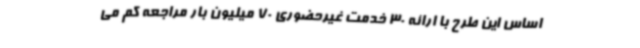
اساس این طرح با ارائه 30 خدمت غیرحضوری 70 میلیون بار مراجعه کم می